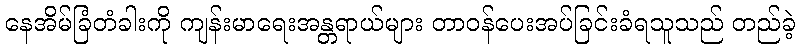
နေအိမ်ခြံတံခါးကို ကျန်းမာရေးအန္တရာယ်များ တာဝန်ပေးအပ်ခြင်းခံရသူသည် တည်ခဲ့